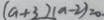
( a + 3 ) ( a - 2 ) = 0